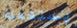
يستعمله